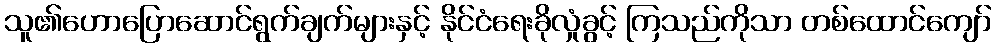
သူ၏ဟောပြောဆောင်ရွက်ချက်များနှင့် နိုင်ငံရေးခိုလှုံခွင့် ကြသည်ကိုသာ တစ်ထောင်ကျော်